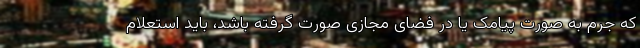
که جرم به صورت پیامک یا در فضای مجازی صورت گرفته باشد، باید استعلام